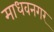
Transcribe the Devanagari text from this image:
माधवनगर